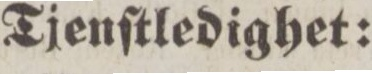
Tjenſtledighet: